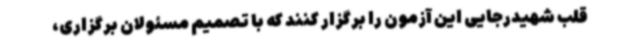
قلب شهیدرجایی این آزمون را برگزار کنند که با تصمیم مسئولان برگزاری،